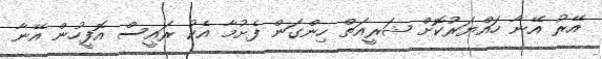
އޭރު އޭނާ ހައްޔަރުކޮށް ޝަރީއަތް ހިންގަން ފެށުމާ އެކު ރައީސް އޮފީހުން އޭނާ